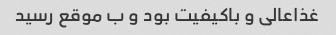
غذاعالی و باکیفیت بود و ب موقع رسید